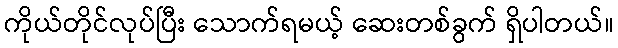
ကိုယ်တိုင်လုပ်ပြီး သောက်ရမယ့် ဆေးတစ်ခွက် ရှိပါတယ်။